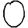
Digit: 0